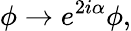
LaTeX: \phi\rightarrow e^{2i\alpha}\phi,